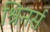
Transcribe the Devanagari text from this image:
श्रिनर्स